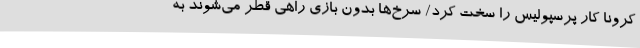
کرونا کار پرسپولیس را سخت کرد/ سرخ‌ها بدون بازی راهی قطر می‌شوند به